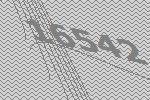
16542